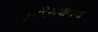
મદિરાપાનના